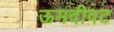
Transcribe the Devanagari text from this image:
ऊमदीवट